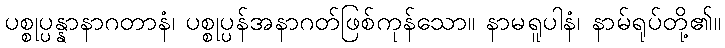
ပစ္စုပ္ပန္နာနာဂတာနံ၊ ပစ္စုပ္ပန်အနာဂတ်ဖြစ်ကုန်သော။ နာမရူပါနံ၊ နာမ်ရုပ်တို့၏။